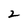
Character: 2